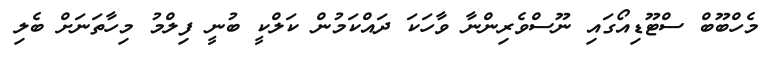
މެހްބޫބް ސްޓޫޑިއޯގައި ނޫސްވެރިންނާ ވާހަކަ ދައްކަމުން ކަލްކީ ބުނީ ފިލްމު މިހާތަނަށް ބެލި